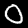
Label: 0